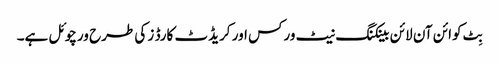
بِٹ کوائن آن لائن بینکنگ نیٹ ورکس اور کریڈٹ کارڈ ز کی طرح ورچوئل ہے۔